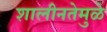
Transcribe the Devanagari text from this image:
शालीनतेमुळे